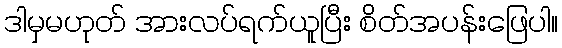
ဒါမှမဟုတ် အားလပ်ရက်ယူပြီး စိတ်အပန်းဖြေပါ။